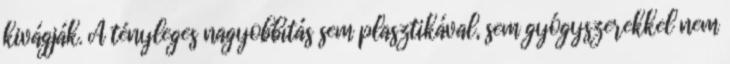
kivágják. A tényleges nagyobbítás sem plasztikával, sem gyógyszerekkel nem